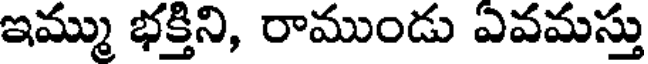
ఇమ్ము భక్తిని, రాముండు ఎవమస్తు